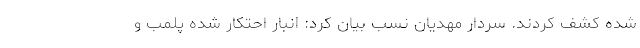
شده کشف کردند. سردار مهدیان نسب بیان کرد: انبار احتکار شده پلمب و